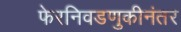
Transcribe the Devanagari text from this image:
फेरनिवडणुकीनंतर